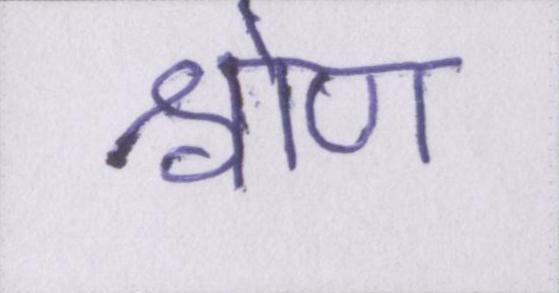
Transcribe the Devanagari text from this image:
श्रोण